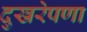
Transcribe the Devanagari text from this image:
दुखरेपणा